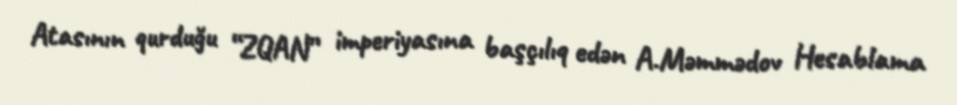
Atasının qurduğu “ZQAN” imperiyasına başçılıq edən A.Məmmədov Hesablama